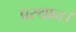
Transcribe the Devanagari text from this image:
प्रस्‍थान।